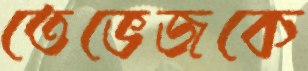
তেভেজকে